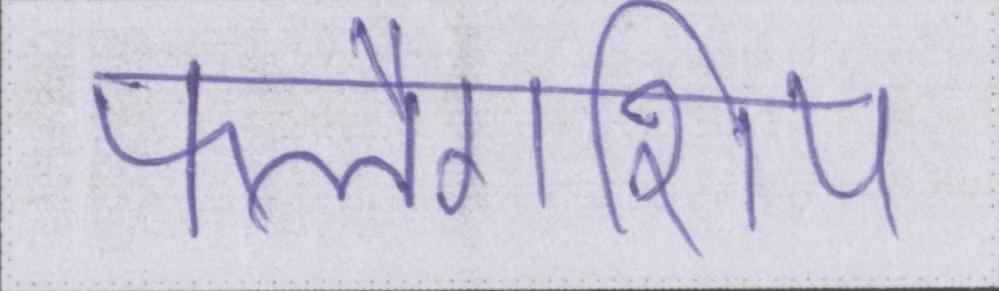
फ्लैगशिप